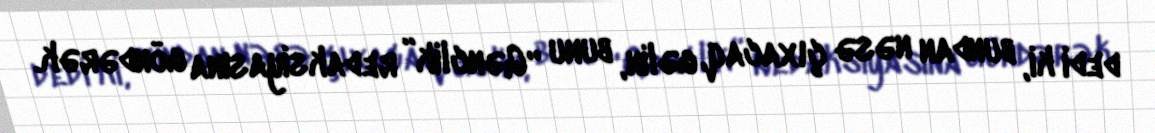
dedi ki, bundan nəsə çıxacaq, gəlin, bunu “Gənclik” redaksiyasına göndərək.